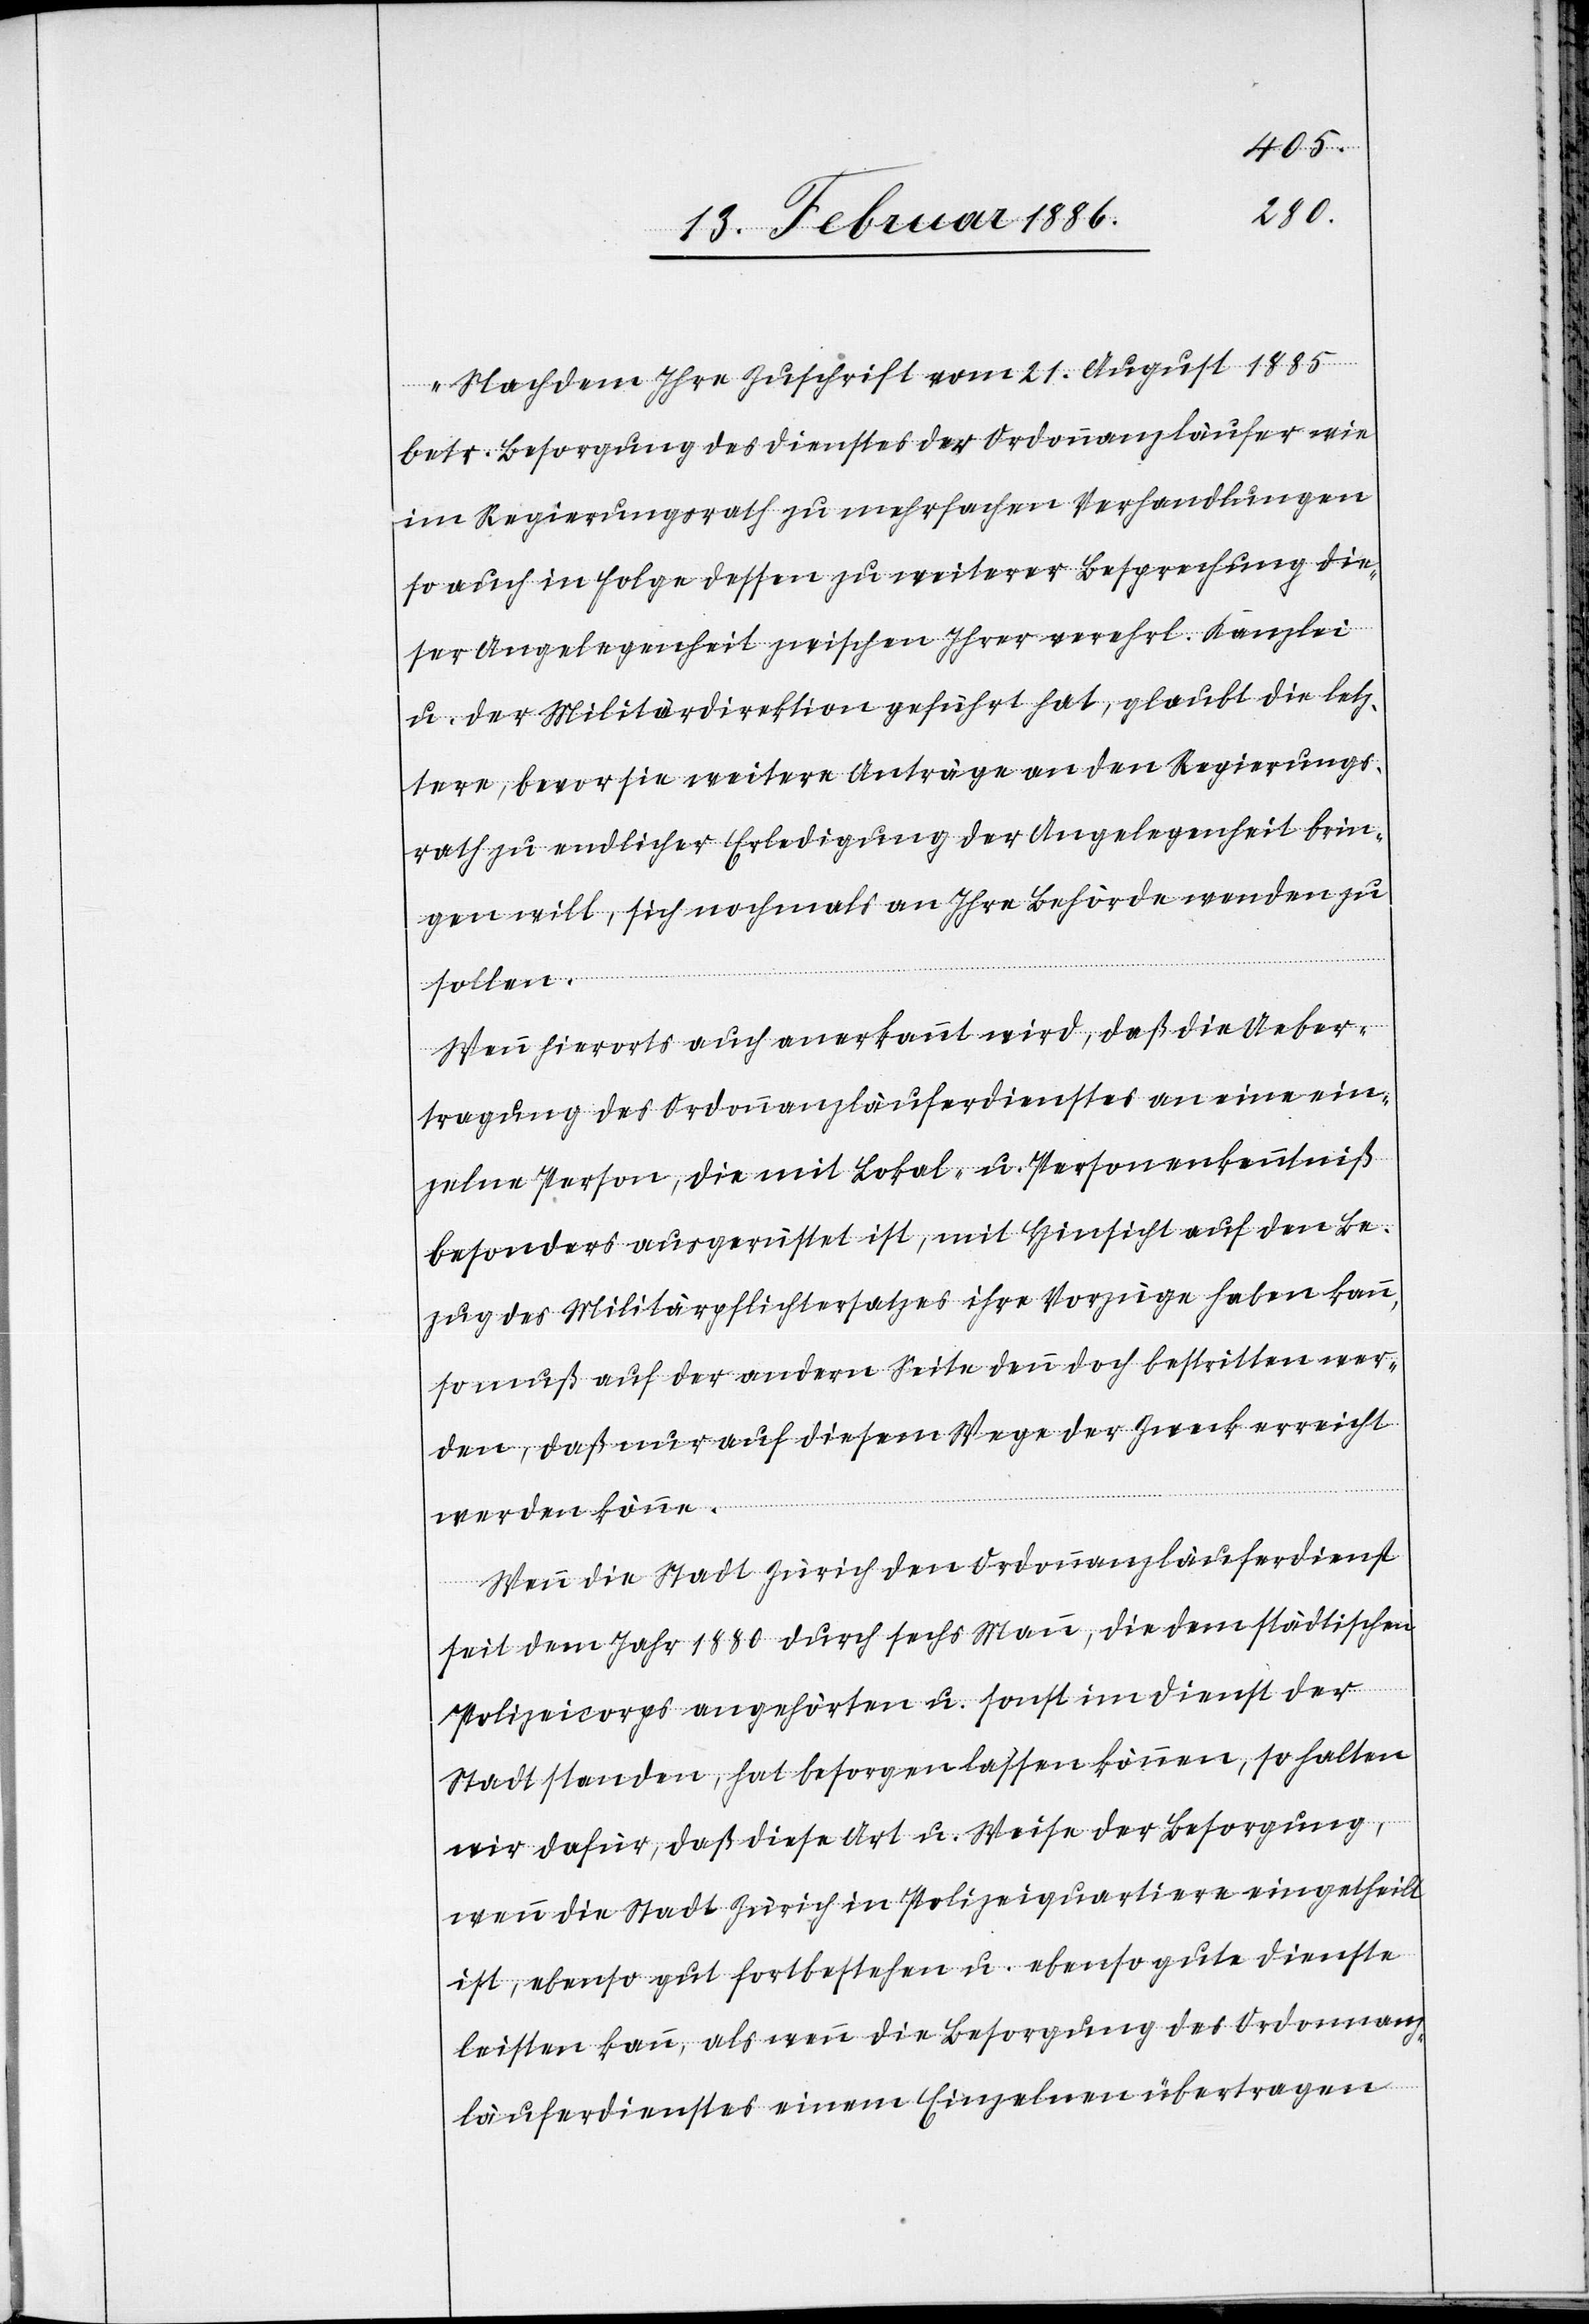
„Nachdem Ihre Zuschrift vom 21. August 1885
betr. Besorgung des Dienstes der Ordonnanzläufer wie
im Regierungsrath zu mehrfachen Verhandlungen
so auch in Folge dessen zu weiterer Besprechung die¬
ser Angelegenheit zwischen Ihrer verehrl. Kanzlei
u. der Militärdirektion geführt hat, glaubt die letz¬
tere, bevor sie weitere Anträge an den Regierungs¬
rath zu endlicher Erledigung der Angelegenheit brin¬
gen will, sich nochmals an Ihre Behörde wenden zu
sollen.
Wenn hierorts auch anerkannt wird, daß die Ueber¬
tragung des Ordonnanzläuferdienstes an eine ein¬
zelne Person, die mit Lokal- u. Personenkenntniß
besonders ausgerüstet ist, mit Hinsicht auf den Be¬
zug des Militärpflichtersatzes ihre Vorzüge haben kann,
so muß auf der andern Seite denn doch bestritten wer¬
den, daß nur auf diesem Wege der Zweck erreicht
werden könne.
Wenn die Stadt Zürich den Ordonnanzläuferdienst
seit dem Jahr 1880 durch sechs Mann, die dem städtischen
Polizeikorps angehörten u. sonst im Dienst der
Stadt standen, hat besorgen lassen können, so halten
wir dafür, daß diese Art und Weise der Besorgung,
wenn die Stadt Zürich in Polizeiquartieren eingetheilt
ist, ebenso gut fortbestehen u. ebenso gute Dienste
leisten kann, als wenn die Besorgung des Ordonanz¬
läuferdienstes einem Einzelnen übertragen